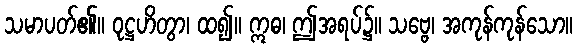
သမာပတ်၏။ ဝုဋ္ဌဟိတွာ၊ ထ၍။ ဣဓ၊ ဤအရပ်၌။ သဗ္ဗေ၊ အကုန်ကုန်သော။